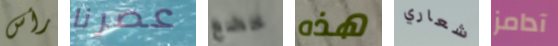
رأس عصرنا خضع هذه شعاري آدامز